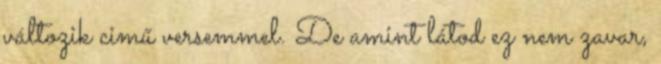
változik cimű versemmel. De amint látod ez nem zavar,